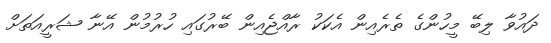
ދައުވާ ލިބޭ މީހުންގެ ތެރެއިން އެކަކު ރާއްޖެއިން ބޭރުގައި ހުރުމުން އޭނާ ޝަރީއަތަށް